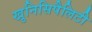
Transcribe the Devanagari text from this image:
खुनिसिपैलिटी